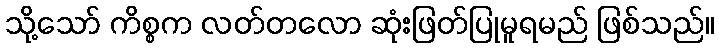
သို့သော် ကိစ္စက လတ်တလော ဆုံးဖြတ်ပြုမူရမည် ဖြစ်သည်။